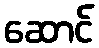
ဆောင်